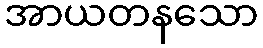
အာယတနသော